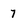
Character: 7